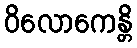
ဝိလောကေန္တိ